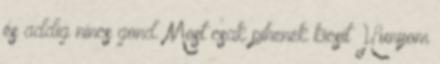
és addig nincs gond. Most csak pihenek kicsit Hunyom